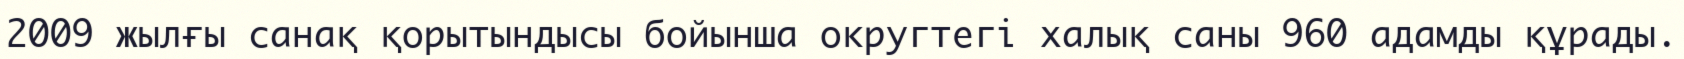
2009 жылғы санақ қорытындысы бойынша округтегі халық саны 960 адамды құрады.